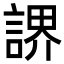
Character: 䛺